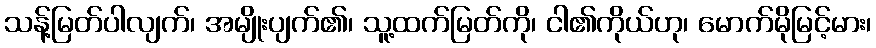
သန့်မြတ်ပါလျက်၊ အမျိုးပျက်၏၊ သူ့ထက်မြတ်ကို၊ ငါ၏ကိုယ်ဟု၊ မောက်မိုမြင့်မား၊